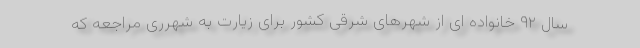
سال ۹۲ خانواده ای از شهرهای شرقی کشور برای زیارت به شهرری مراجعه که